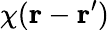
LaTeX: \chi(\mathbf{r}-\mathbf{r}^{\prime})